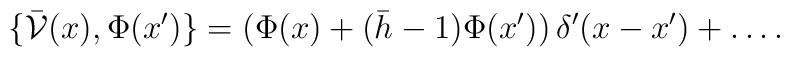
\{\bar \mathcal V(x), \Phi(x')\} = (\Phi(x) + (\bar h - 1)\Phi(x'))\, \delta'(x - x') + \ldots.